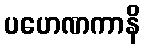
ပဟေဏကာနိ